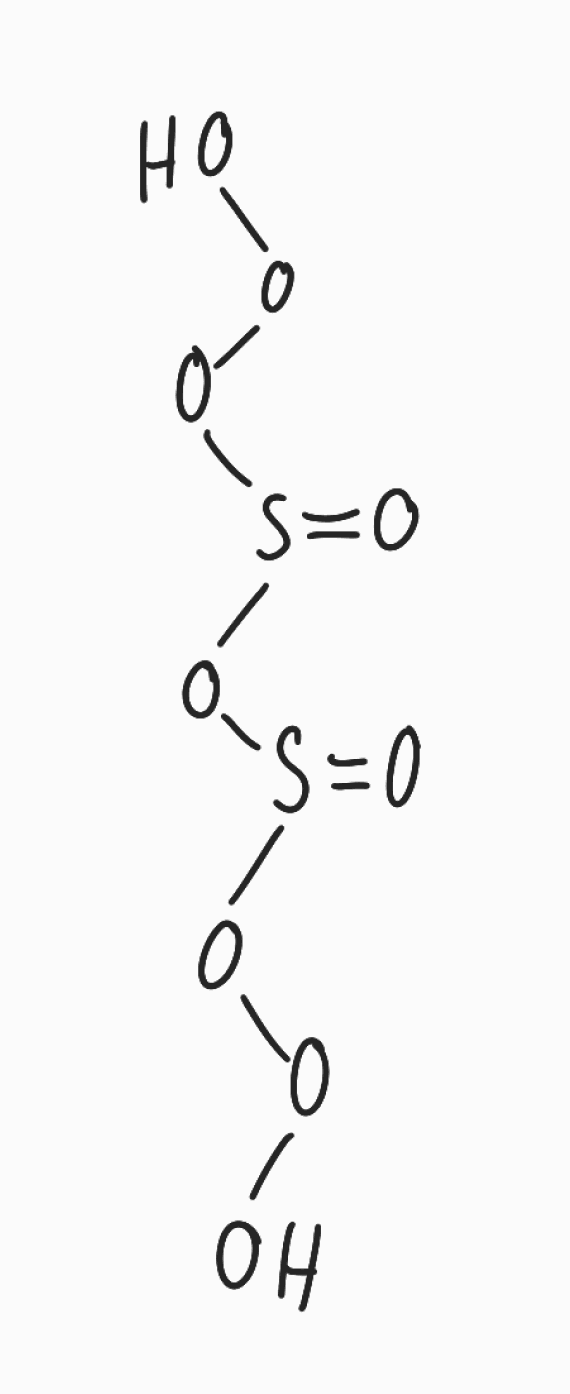
Simplified molecular-input line-entry system (SMILES) notation of the given molecule:
OOOS(=O)OS(=O)OOO